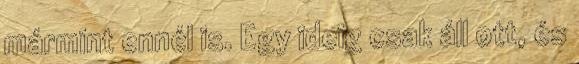
mármint ennél is. Egy ideig csak áll ott, és